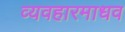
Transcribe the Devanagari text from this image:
व्यवहारमाधव